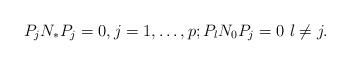
LaTeX: \begin{align*} P_j N_* P_j = 0,j = 1, \ldots ,p;P_l N_0 P_j =0 \ l \ne j.\end{align*}